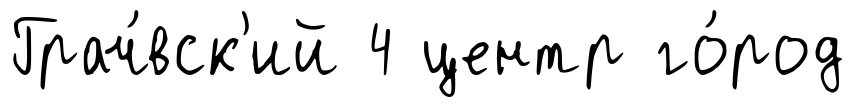
Грач́вск'ий 4 центр го́род